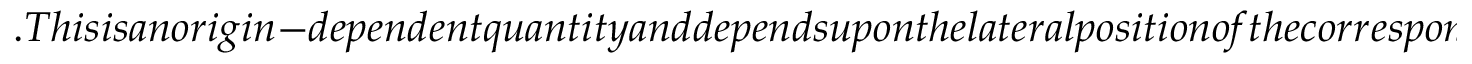
. T h i s i s a n o r i g i n - d e p e n d e n t q u a n t i t y a n d d e p e n d s u p o n t h e l a t e r a l p o s i t i o n o f t h e c o r r e s p o n d i n g a x i s . O n t h e c o n t r a r y , S A M (